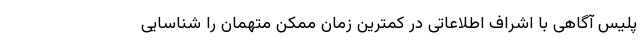
پلیس آگاهی با اشراف اطلاعاتی در کمترین زمان ممکن متهمان را شناسایی